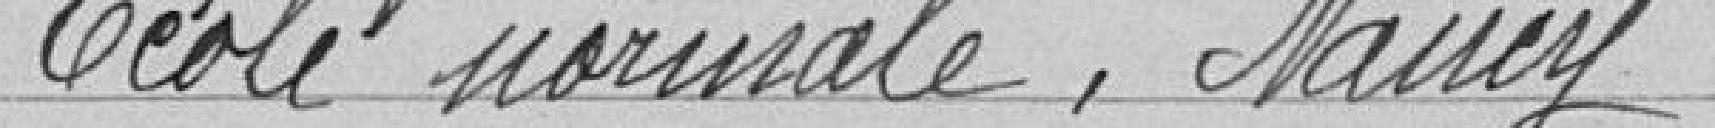
Ecole Normale Nancy